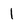
Character: I